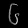
Digit: ၆